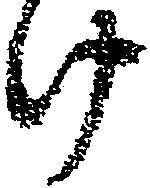
け